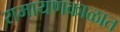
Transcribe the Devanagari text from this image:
रामायणकाळात